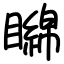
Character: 矊